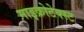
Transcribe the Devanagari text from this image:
माइक्रोटेक्स्ट